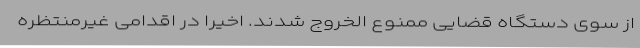
از سوی دستگاه قضایی ممنوع الخروج شدند. اخیرا در اقدامی غیرمنتظره